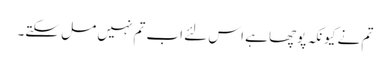
تم نے کیونکہ پوچھا ہے اس لئے اب تم نہیں مل سکتے۔